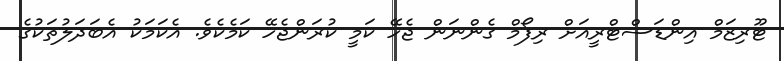
ޓޫރިޒަމް އިންޑަސްޓްރީއަށް ރިފޯމް ގެންނަން ޖެހޭ ކަމީ ކުރަންޖެހޭ ކަމެކެވެ. އެކަމަކު އެބަދަލުތަކުގެ